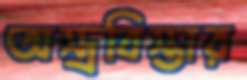
অস্ত্রবিস্তার